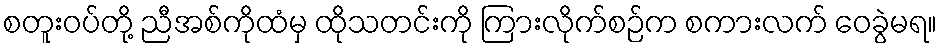
စတူးဝပ်တို့ ညီအစ်ကိုထံမှ ထိုသတင်းကို ကြားလိုက်စဉ်က စကားလက် ဝေခွဲမရ။